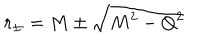
LaTeX: r _ { \pm } = M \pm \sqrt { M ^ { 2 } - Q ^ { 2 } }